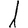
Digit: 1